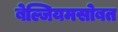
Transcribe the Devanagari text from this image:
बेल्जियमसोबत